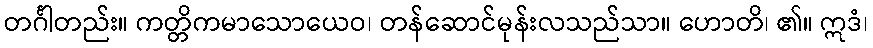
တင်္ဂါတည်း။ ကတ္တိကမာသောယေဝ၊ တန်ဆောင်မုန်းလသည်သာ။ ဟောတိ၊ ၏။ ဣဒံ၊